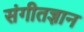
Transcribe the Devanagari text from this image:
संगीतज्ञान